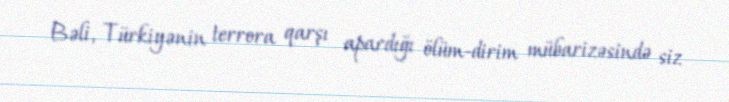
Bəli, Türkiyənin terrora qarşı apardığı ölüm-dirim mübarizəsində siz